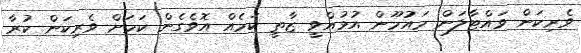
ވެރިކަން ވައްޓާލަން މައުމޫން އުޅުއްވީ ޒާތީ ކަމެއް އޮވެގެން ކަމަށް ވެރިކަން ކުރާ